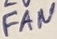
Text: FAN